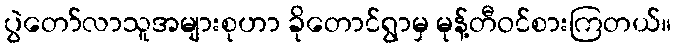
ပွဲတော်လာသူအများစုဟာ ခိုတောင်ရွာမှ မုန့်တီဝင်စားကြတယ်။